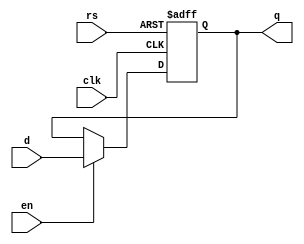
`timescale 1ns / 1ps

module d_trigger
#(parameter WIDTH = 1)
(
    input clk,
    input en,
    input rs,
    input [WIDTH-1:0] d,
    output reg [WIDTH-1:0] q
    );
 
always @(posedge clk or posedge rs)
    if (rs)
        q <= 0;
    else if(en)
        q <= d;
    else
        q <= q;            
    
endmodule

module d_trigger_neg
#(parameter WIDTH = 1)
(
    input clk,
    input en,
    input rs,
    input [WIDTH-1:0] d,
    output reg [WIDTH-1:0] q
    );
 
always @(negedge clk or posedge rs)
    if (rs)
        q <= 0;
    else if(en)
        q <= d;
    else
        q <= q;            
    
endmodule